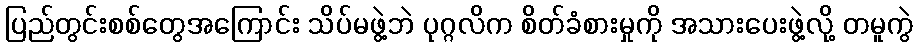
ပြည်တွင်းစစ်တွေအကြောင်း သိပ်မဖွဲ့ဘဲ ပုဂ္ဂလိက စိတ်ခံစားမှုကို အသားပေးဖွဲ့လို့ တမူကွဲ